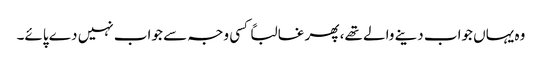
وہ یہاں جواب دینے والے تھے، پھر غالباً کسی وجہ سے جواب نہیں دے پائے۔